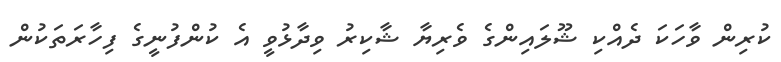
ކުރިން ވާހަކަ ދެއްކި ޝޫލައިންގެ ވެރިޔާ ޝާކިރު ވިދާޅުވީ އެ ކުންފުނީގެ ފިހާރަތަކުން